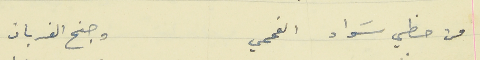
من حظي سَواد الفحمي                                    وجنح الغربان